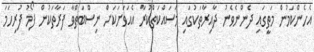
އެހެންކަމުން މަތީގައި ދެންނެވެނު ދާއިރާތަކުގައި މަސައްކަތްކުރާ އެއަވަށަކަށް ނިސްބަތްވާ ފަރާތަކުން ފޯމު ފުރިހަމަ